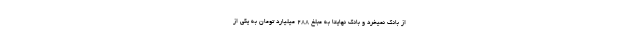
از بانک نمیخرد و بانک نهایتاً به مبلغ ۲۸۸ میلیارد تومان به یکی از